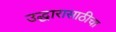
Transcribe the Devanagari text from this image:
उद्धारासाठीचा